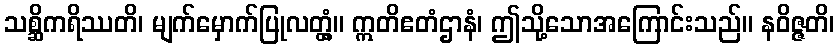
သစ္ဆိကရိဿတိ၊ မျက်မှောက်ပြုလတ္တံ့။ ဣတိဧတံဌာနံ၊ ဤသို့သောအကြောင်းသည်။ နဝိဇ္ဇတိ၊